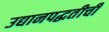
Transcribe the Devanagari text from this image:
उद्यानपद्धतीची